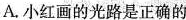
A.小红画的光路是正确的